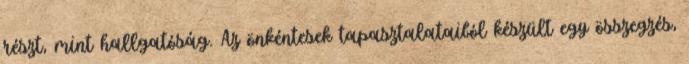
részt, mint hallgatóság. Az önkéntesek tapasztalataiból készült egy összegzés,